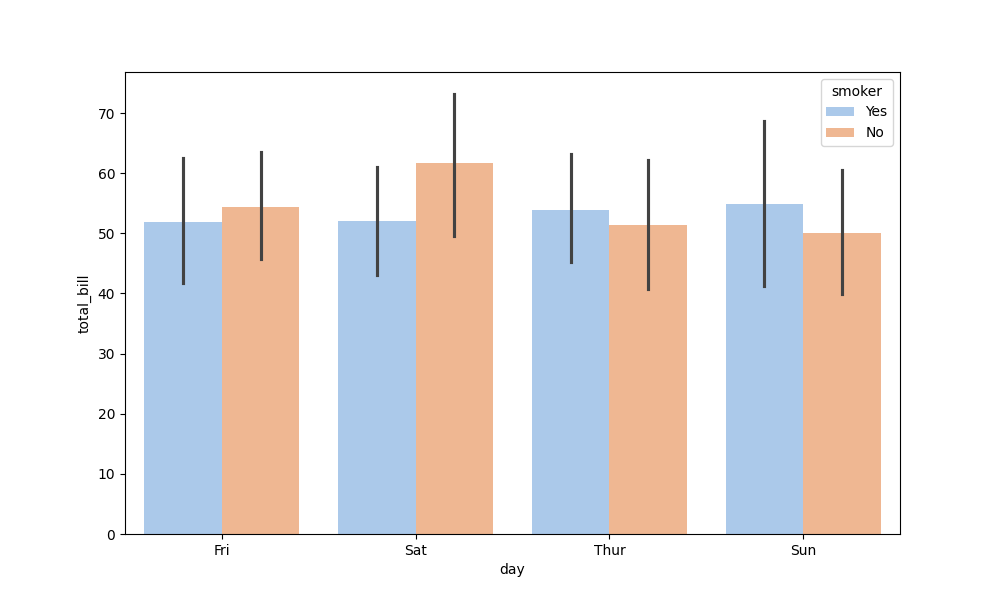
python, seaborn, barplot, hue='smoker', palette='pastel', ci=95, orient='v'